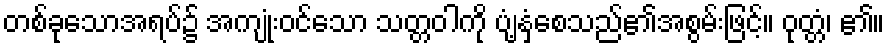
တစ်ခုသောအရပ်၌ အကျုံးဝင်သော သတ္တဝါကို ပျံ့နှံ့စေသည်၏အစွမ်းဖြင့်။ ဝုတ္တံ၊ ၏။